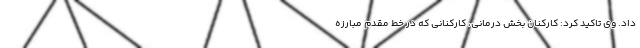
داد. وی تاکید کرد: کارکنان بخش درمانی، کارکنانی که در خط مقدم مبارزه